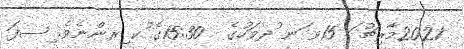
2021މާރިޗު ަ 15ވ ަނ ުދވަހުގެ  15:30ގެ ުކ ިރންނެވެ. ިސފަ